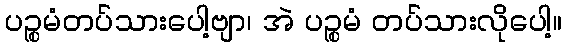
ပဉ္စမံတပ်သားပေါ့ဗျာ၊ အဲ ပဉ္စမံ တပ်သားလိုပေါ့။